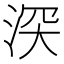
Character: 𣵫